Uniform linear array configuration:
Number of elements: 24
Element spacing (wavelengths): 0.25
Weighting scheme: uniform
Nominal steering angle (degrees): -30
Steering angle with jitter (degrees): -31.557
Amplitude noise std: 0.05
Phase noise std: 0.05

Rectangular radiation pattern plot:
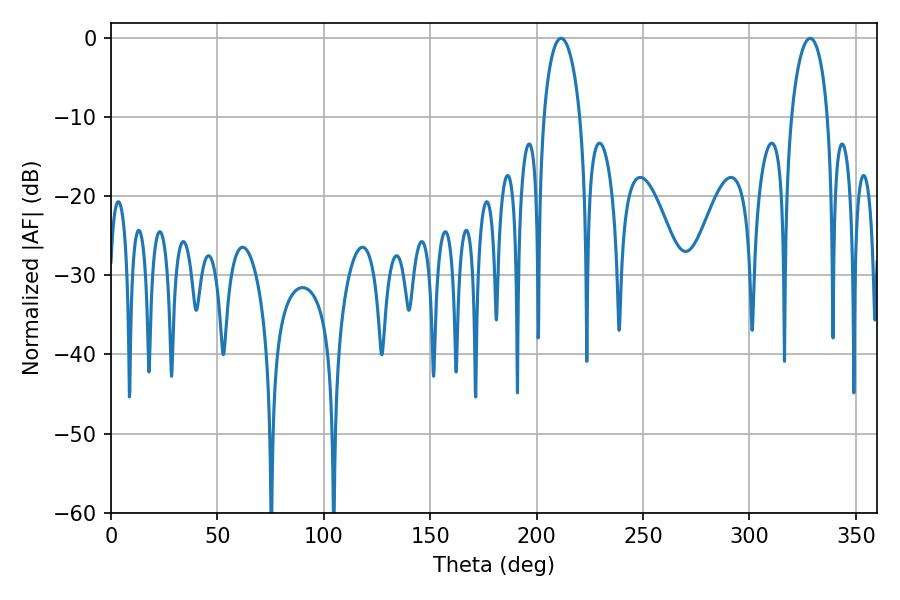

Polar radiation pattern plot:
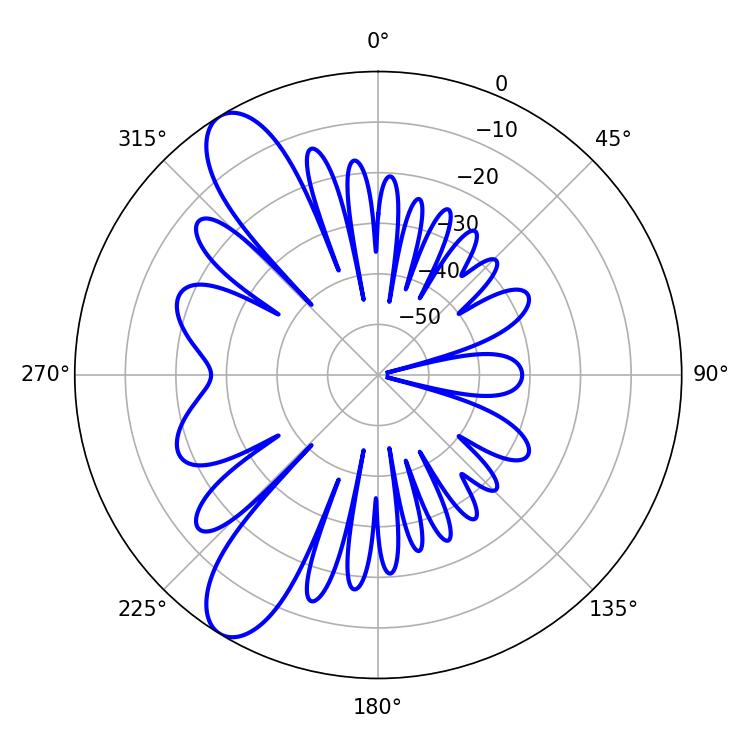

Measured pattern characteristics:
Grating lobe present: FALSE
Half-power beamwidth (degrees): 9.9
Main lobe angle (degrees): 211.5